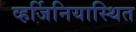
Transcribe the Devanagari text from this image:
व्हर्जिनियास्थित